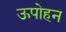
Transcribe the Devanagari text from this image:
ऊपोहन